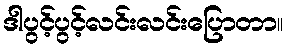
ဒါပွင့်ပွင့်လင်းလင်းပြောတာ။